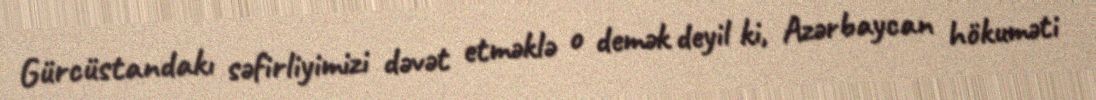
Gürcüstandakı səfirliyimizi dəvət etməklə o demək deyil ki, Azərbaycan hökuməti